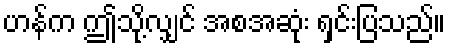
ဟန်က ဤသို့လျှင် အစအဆုံး ရှင်းပြသည်။